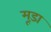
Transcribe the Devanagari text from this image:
मूड़ा